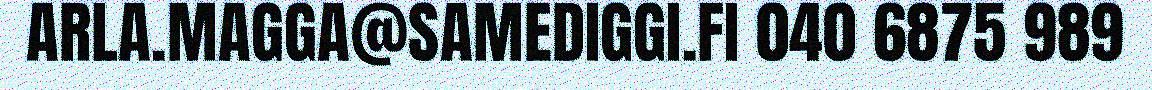
ARLA.MAGGA@SAMEDIGGI.FI 040 6875 989